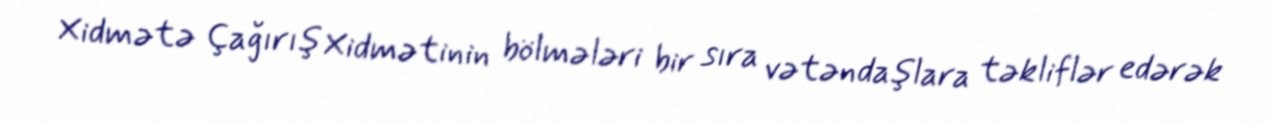
Xidmətə Çağırış Xidmətinin bölmələri bir sıra vətəndaşlara təkliflər edərək